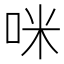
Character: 咪